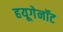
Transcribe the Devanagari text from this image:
हयूगेनॉट